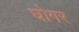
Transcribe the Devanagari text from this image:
घोगर